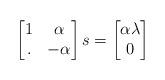
LaTeX: \begin{align*}\begin{bmatrix}1 & \alpha \\. & -\alpha\end{bmatrix}s = \begin{bmatrix}\alpha \lambda \\0\end{bmatrix}\end{align*}